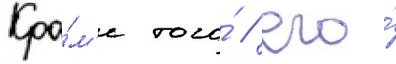
Кро́м'е того́ / его́